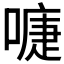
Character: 𭊚